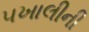
પખાલીની